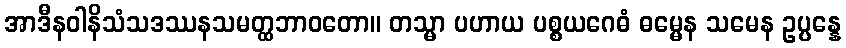
အာဒီနဝါနိသံသဒဿနသမတ္ထဘာဝတော။ တသ္မာ ပဟာယ ပစ္စယဂေဓံ ဓမ္မေန သမေန ဥပ္ပန္နေ